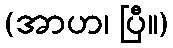
(အာဟ၊ ပြီ။)